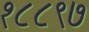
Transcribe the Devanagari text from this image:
१८८९७